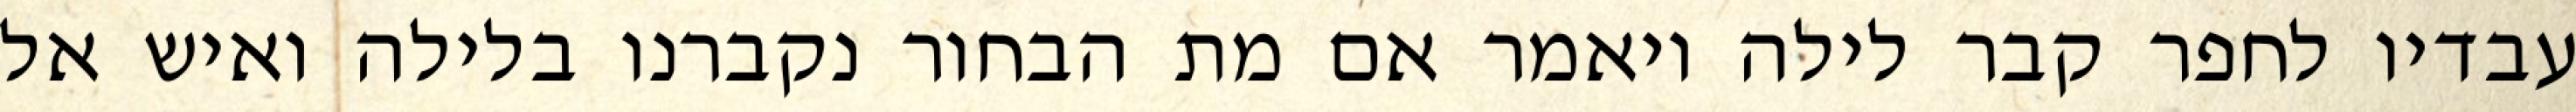
עבדיו לחפר קבר לילה ויאמר אם מת הבחור נקברנו בלילה ואיש אל